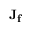
\mathbf { J _ { f } }